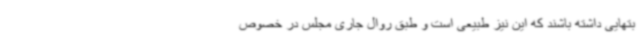
بتهایی داشته باشند که این نیز طبیعی است و طبق روال جاری مجلس در خصوص